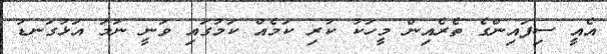
އެއީ ސިފައިންގެ ތެރެއިން މީހަކު ކުރި ކަމެއް ކަމުގައި ވަނީ ނަމަ އަޅުގަނޑު